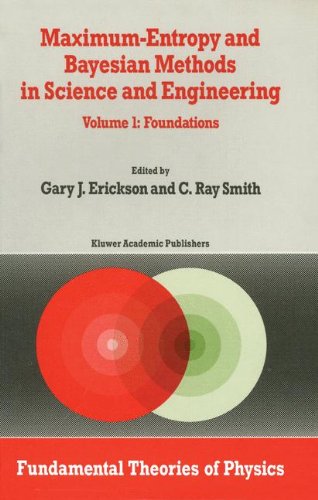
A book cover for Maximum-Entropy and Bayesian Methods in Science and Engineering: Volume 1: Foundations; Science & Math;